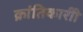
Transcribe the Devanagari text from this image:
क्रांतिकारीी